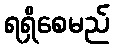
ရရှိစေမည်